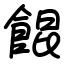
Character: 餛